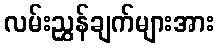
လမ်းညွှန်ချက်များအား